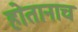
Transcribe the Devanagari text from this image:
होतानाच